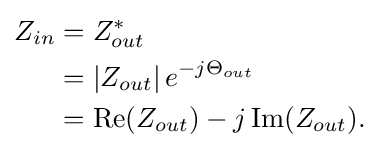
{\begin{aligned}Z_{in}&=Z_{out}^{*}\\&=\left\vert Z_{out}\right\vert e^{-j\Theta _{out}}\\&=\operatorname {Re} (Z_{out})-j\operatorname {Im} (Z_{out}).\\\end{aligned}}